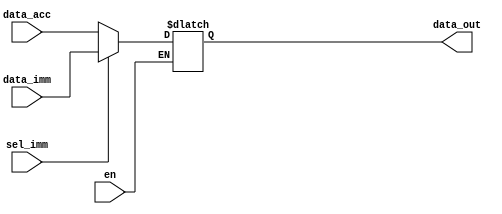
//////////////////////////////////////////////////////////////////////////////////
// Team: 
// Member: 
// 
// Module Name:    Control_Unit 
// Project Name:   Pocket_Calculator_Processor
//
// Additional Comments: 
//
//////////////////////////////////////////////////////////////////////////////////

module mov(
    input [15:0] data_acc,
    input [15:0] data_imm,
    input sel_imm, en,
    output reg [15:0] data_out
);

always @(*)begin
  if(en)begin
    case (sel_imm)
      1'b0: data_out = data_acc;
      1'b1: data_out = data_imm;
    endcase

  end
end
endmodule